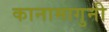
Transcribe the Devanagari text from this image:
कानामागुनी